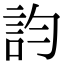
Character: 𧥺